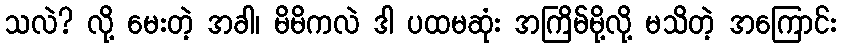
သလဲ? လို့ မေးတဲ့ အခါ၊ မိမိကလဲ ဒါ ပထမဆုံး အကြိမ်မို့လို့ မသိတဲ့ အကြောင်း